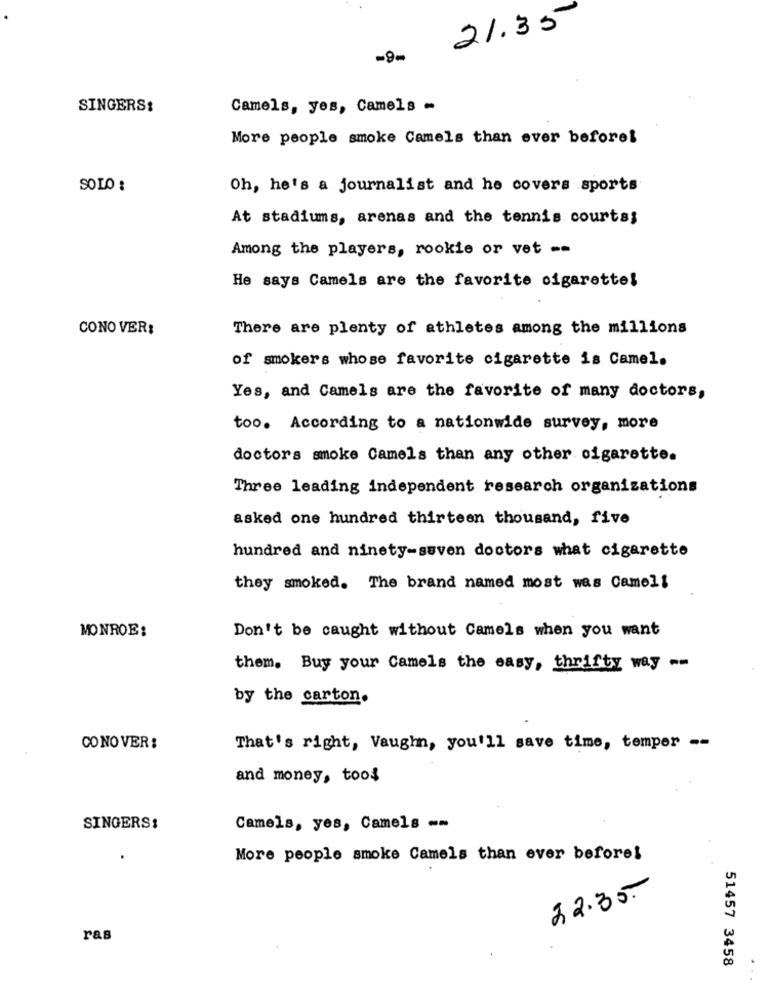
21.35
-9-
SINGERS:
Camels, yes, Camels -
More people smoke Camels than ever beforel
SOLO :
Oh, he's a journalist and he covers sports
At stadiums, arenas and the tennis courts;
Among the players, rookie or vet --
He says Camels are the favorite cigarette!
CONO VER:
There are plenty of athletes among the millions
of smokers whose favorite cigarette is Camel.
Yes, and Camels are the favorite of many doctors,
too. According to a nationwide survey, more
doctors smoke Camels than any other cigarette.
Three leading independent research organizations
asked one hundred thirteen thousand, five
hundred and ninety-seven doctors what cigarette
they smoked. The brand named most was Camel!
MONROE:
Don't be caught without Camels when you want
them. Buy your Camels the easy, thrifty way --
by the carton.
CO NO VER :
That's right, Vaughn, you'll save time, temper --
and money, tool
SINGERS:
Camels, yes, Camels --
More people smoke Camels than ever before!
22.35.
ras
51457 3458